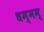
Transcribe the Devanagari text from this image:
धम्मम्